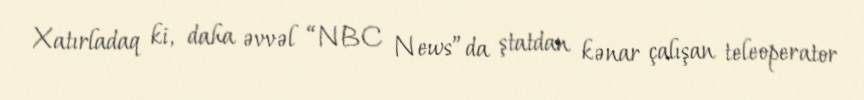
Xatırladaq ki, daha əvvəl “NBC News”da ştatdan kənar çalışan teleoperator